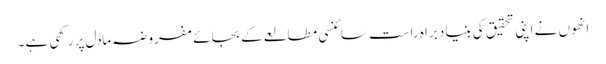
انھوں نے اپنی تحقیق کی بنیاد براہ راست سائنسی مطالعے کے بجائے مفروضہ ماڈل پر رکھی ہے۔